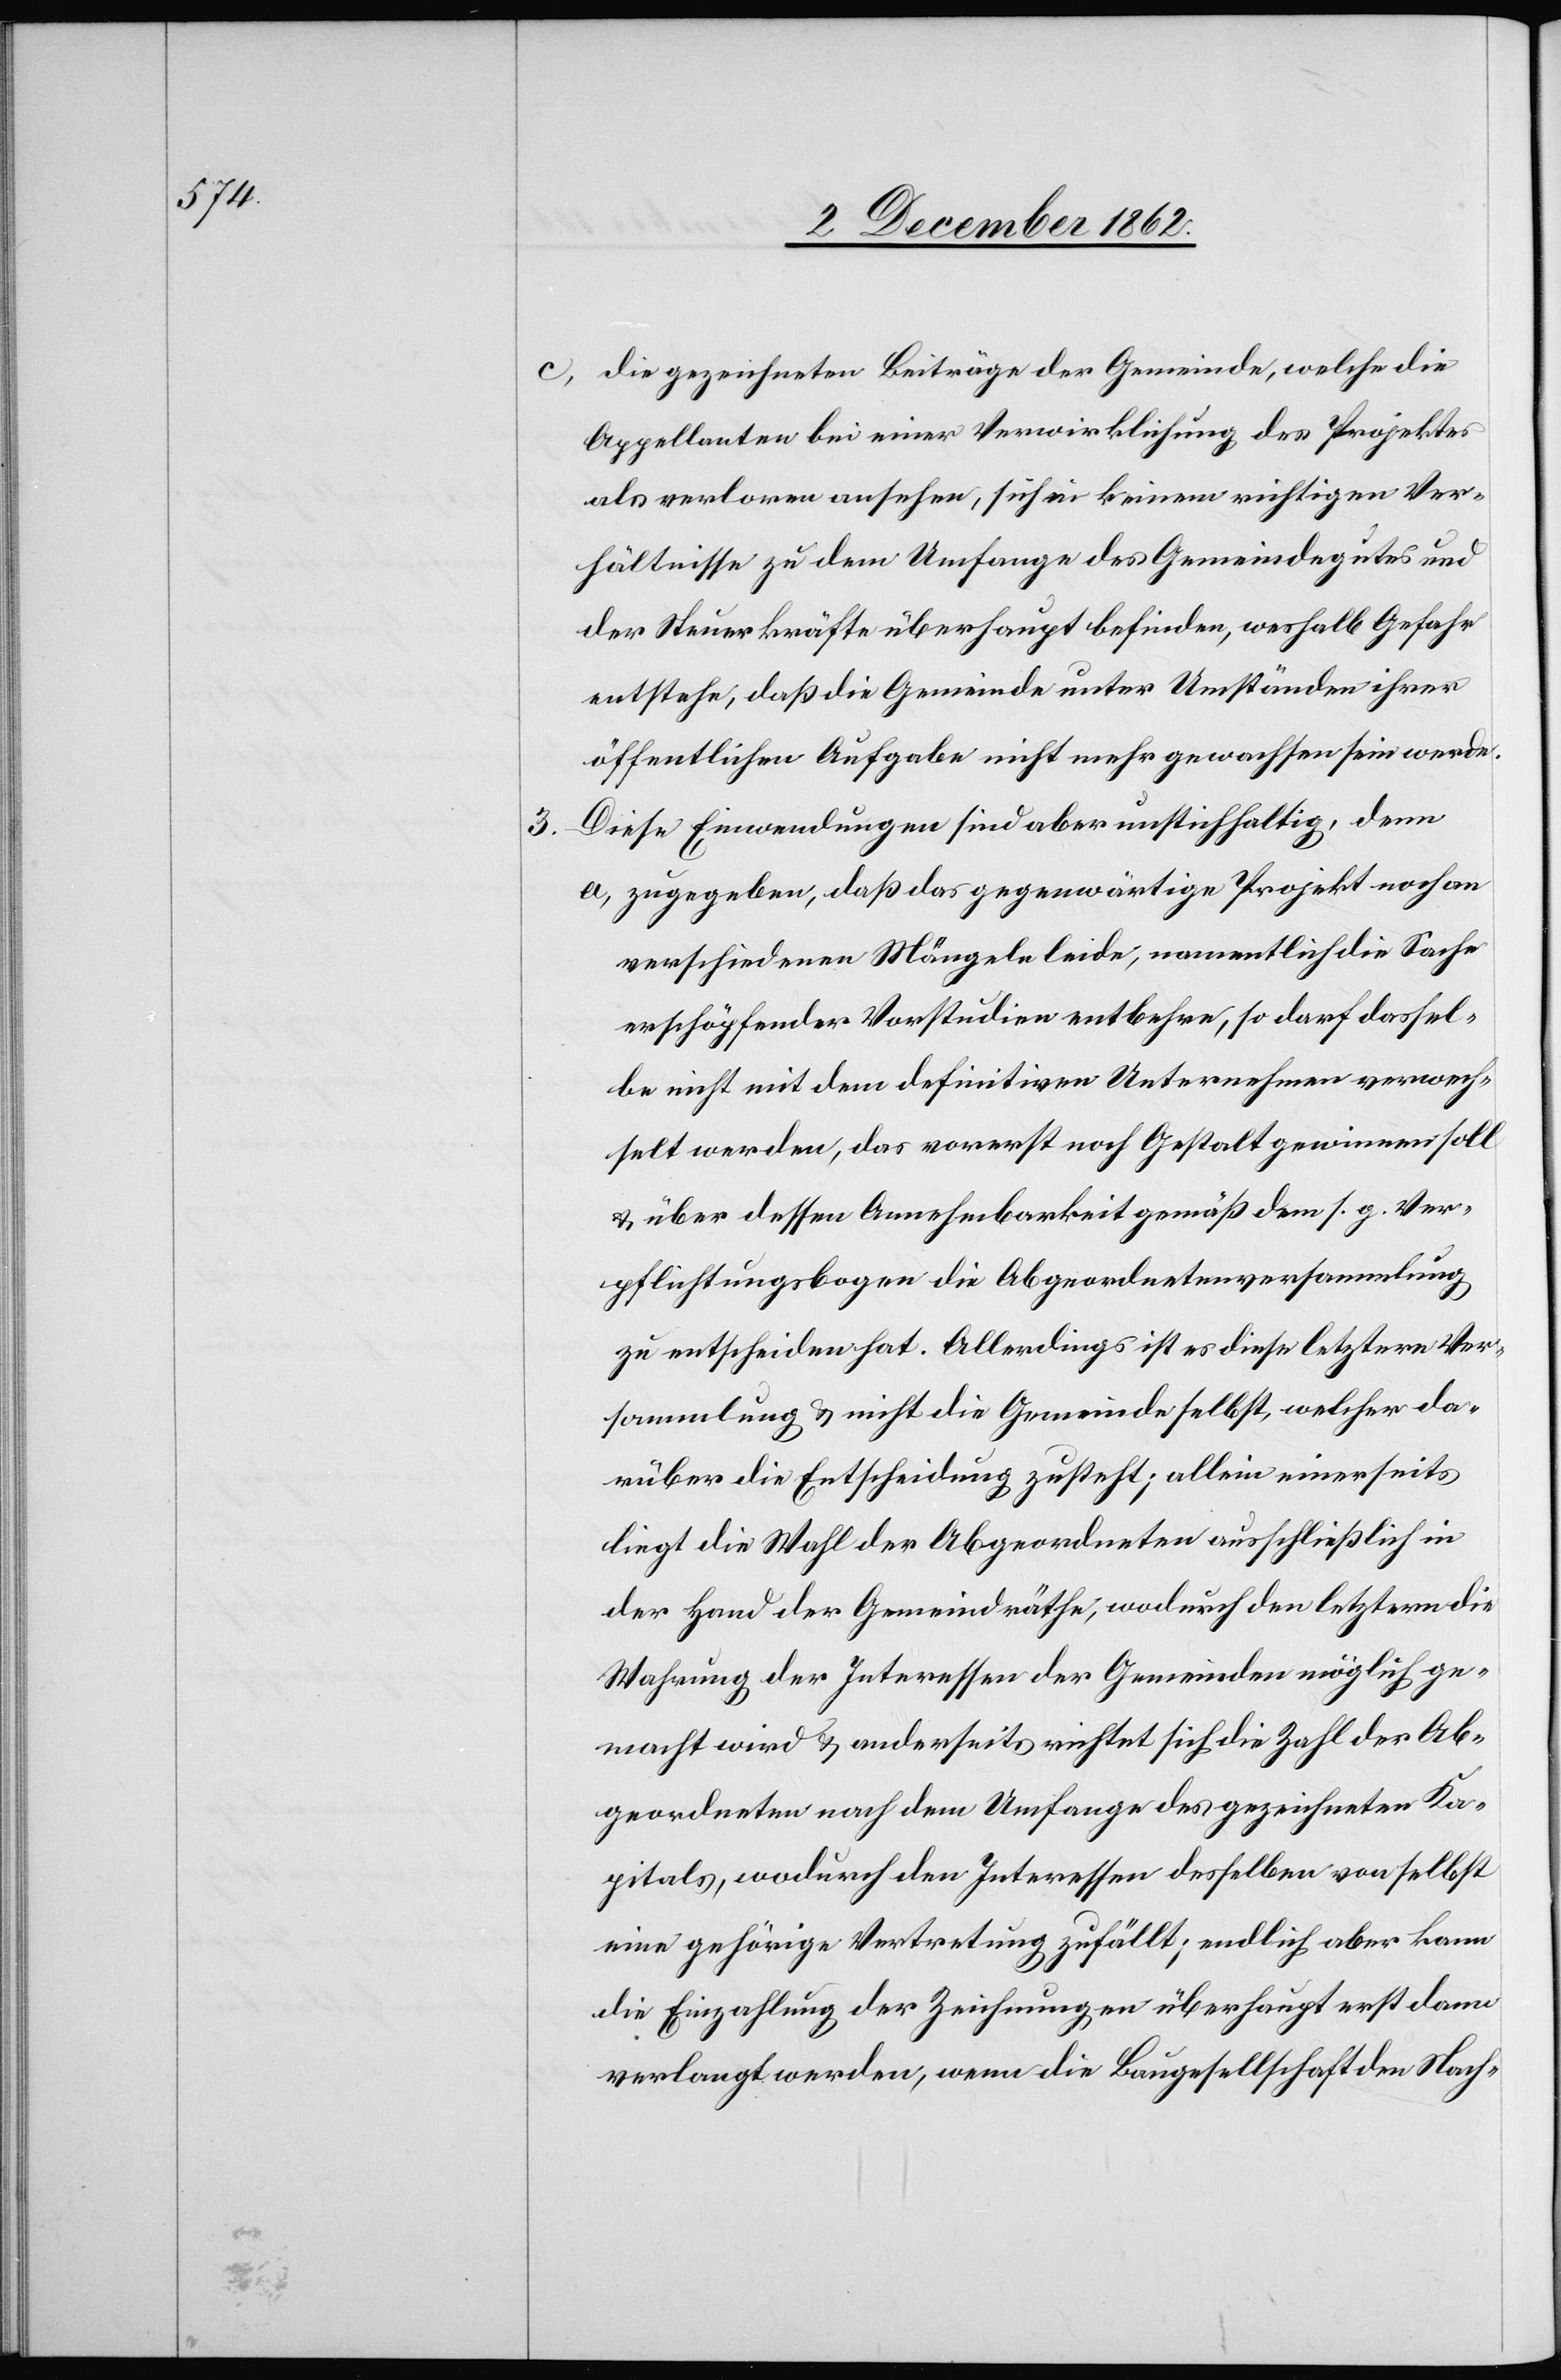
3.

c. die gezeichneten Beiträge der Gemeinde, welche die
Appellanten bei einer Verwirklichung des Projektes
als verloren ansehen, sich in keinem richtigen Ver¬
hältnisse zu dem Umfange des Gemeindegutes und
der Steuerkräfte überhaupt befinden, weshalb Gefahr
entstehe, daß die Gemeinde unter Umständen ihrer
öffentlichen Aufgabe nicht mehr gewachsen sein werde.
Diese Einwendungen sind aber unstichhaltig, denn
a. zugegeben, daß das gegenwärtige Projekt noch an
verschiedenen Mängeln leide, namentlich die Sache
erschöpfender Vorstudien entbehre, so darf dassel¬
be nicht mit dem definitiven Unternehmen verwech¬
selt werden, das vorerst noch Gestalt gewinnen soll
u. über dessen Annehmbarkeit gemäß dem s. g. Ver¬
pflichtungsbogen die Abgeordnetenversammlung
zu entscheiden hat. Allerdings ist es diese letztere Ver¬
sammlung u. nicht die Gemeinde selbst, welcher da¬
rüber die Entscheidung zusteht; allein einerseits
liegt die Wahl der Abgeordneten ausschließlich in
der Hand der Gemeindräthe, wodurch den letztern die
Wahrung der Interessen der Gemeinden möglich ge¬
macht wird u. anderseits richtet sich die Zahl der Ab¬
geordneten nach dem Umfange des gezeichneten Ka¬
pitals, wodurch den Interessen desselben von selbst
eine gehörige Vertretung zufällt; endlich aber kann
die Einzahlung der Zeichnungen überhaupt erst dann
verlangt werden, wenn die Baugesellschaft den Nach-